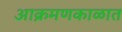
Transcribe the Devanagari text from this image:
आक्रमणकाळात